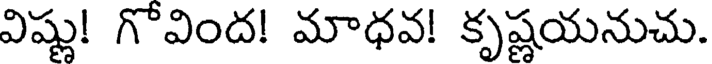
విష్ణు! గొవింద! మాధవ! కృష్ణయనుచు.